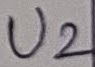
Text: U2